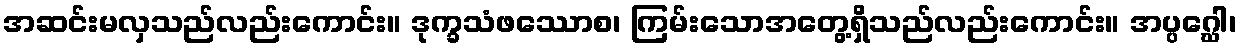
အဆင်းမလှသည်လည်းကောင်း။ ဒုက္ခသံဖဿောစ၊ ကြမ်းသောအတွေ့ရှိသည်လည်းကောင်း။ အပ္ပဂ္ဃေါ၊